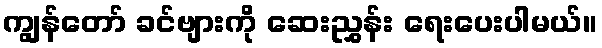
ကျွန်တော် ခင်ဗျားကို ဆေးညွှန်း ရေးပေးပါမယ်။